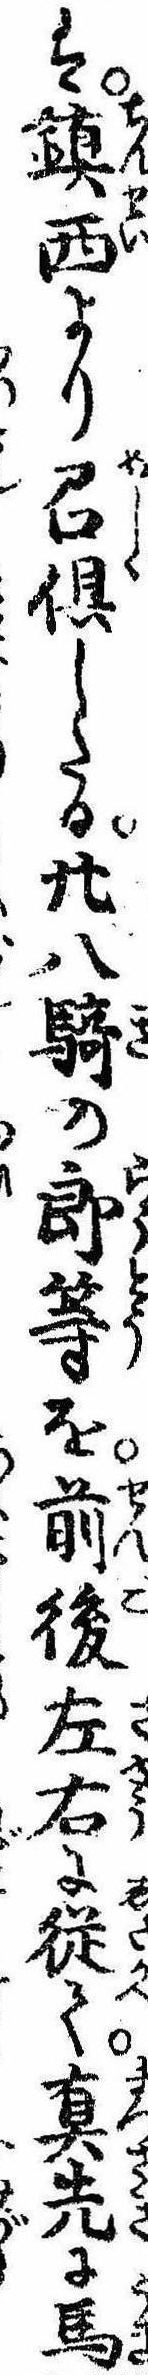
は鎮西より召倶したる廿八騎の郎等を前後左右に従て真先に馬